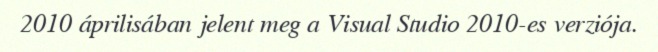
2010 áprilisában jelent meg a Visual Studio 2010-es verziója.